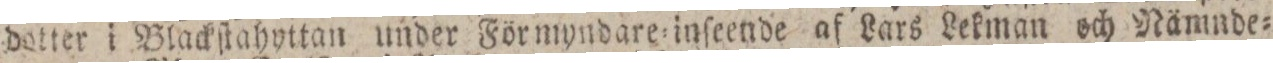
dotter i Blackſtahyttan under Förmyndare=inſeende af Lars Lekman och Nämnde=